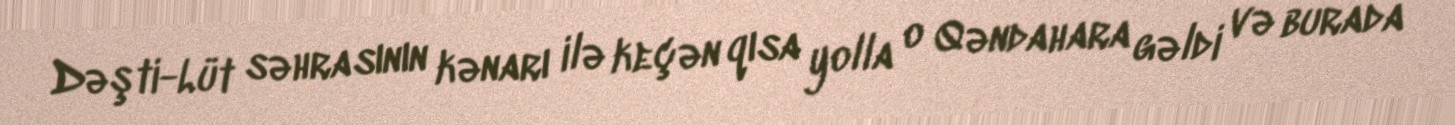
Dəşti-Lüt səhrasının kənarı ilə keçən qısa yolla o Qəndahara gəldi və burada